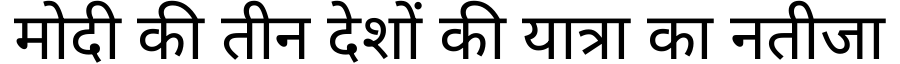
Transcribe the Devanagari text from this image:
मोदी की तीन देशों की यात्रा का नतीजा